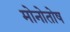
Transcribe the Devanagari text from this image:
मोनोतोष